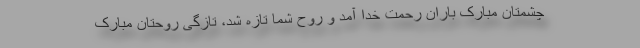
چشمتان مبارک باران رحمت خدا آمد و روح شما تازه شد، تازگی روحتان مبارک